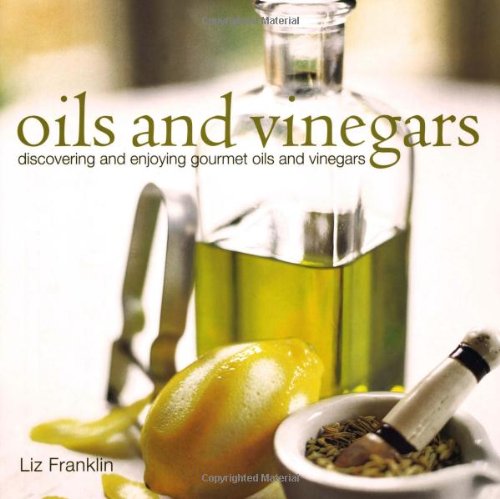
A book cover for Oils and Vinegars: Discovering and Enjoying Gourmet Oils and Vinegars; Liz Franklin; Cookbooks, Food & Wine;